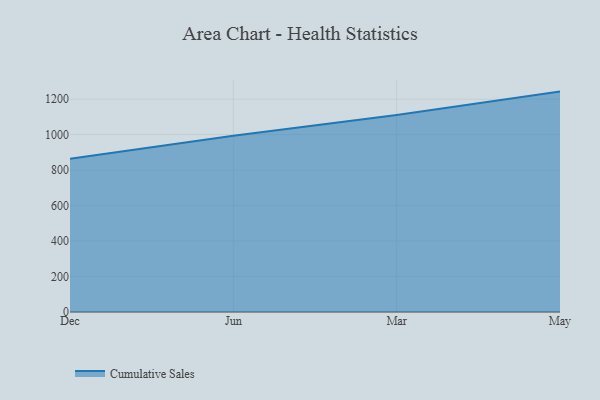
{"axis": {"x": "Month", "y": "Humidity (%)"}, "legend": ["Cumulative Sales"], "data": [{"x": "Dec", "y": 864.4, "type": "Cumulative Sales"}, {"x": "Jun", "y": 993.3, "type": "Cumulative Sales"}, {"x": "Mar", "y": 1110.2, "type": "Cumulative Sales"}, {"x": "May", "y": 1242.7, "type": "Cumulative Sales"}]}